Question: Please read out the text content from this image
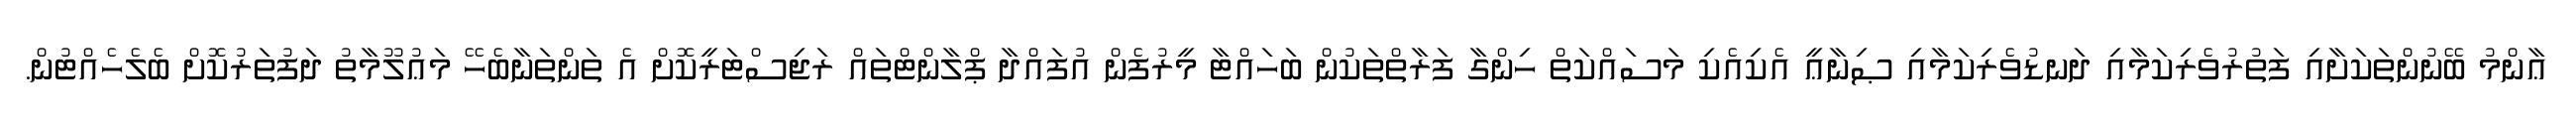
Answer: ޢާންމު ބޭނުންތަކަށާއި ފަތުރުވެރިކަމާއި ދަނޑުވެރިކަމާއި ޞިނާޢީ އެކިއެކި މަސައްކަތް ހިންގާ ފަރާތްތަކުން ބަހައްޓާ މީރުފެން އުފައްދާ ޕްލާންޓްތައް ރަޖިސްޓަރީކޮށް އެ ތަންތަނާބެހޭ މަޢުލޫމާތު ދަފުތަރުކޮށް ބެލެހެއްޓުން.